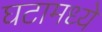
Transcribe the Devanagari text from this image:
घटामध्ये